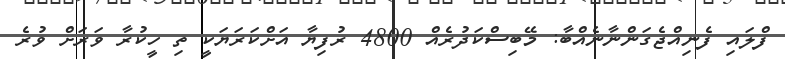
ފްލައި ފެނިއްޖެގަންނާނެއްބާ: މޭބިސްކަދުރެއް 4800 ރުފިޔާ އަށްކަރަޔަކީ ތި ހީކުރާ ވަރަށް ވުރެ